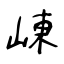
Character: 崠